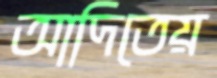
আদিতেয়